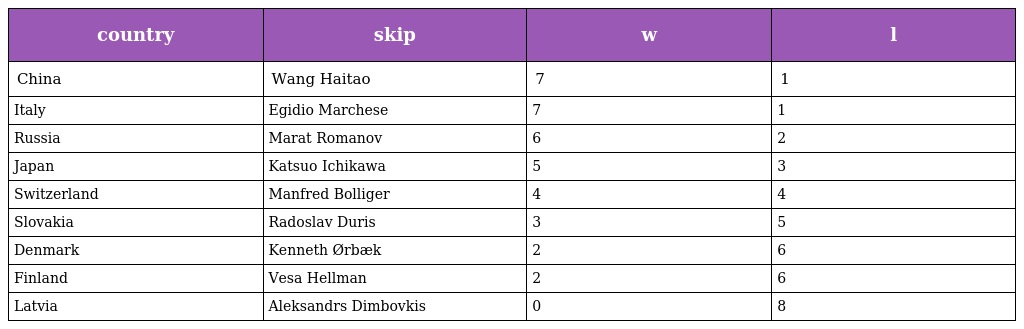
| country | skip | w | l |
 | --- | --- | --- | --- |
 | China | Wang Haitao | 7 | 1 |
 | Italy | Egidio Marchese | 7 | 1 |
 | Russia | Marat Romanov | 6 | 2 |
 | Japan | Katsuo Ichikawa | 5 | 3 |
 | Switzerland | Manfred Bolliger | 4 | 4 |
 | Slovakia | Radoslav Duris | 3 | 5 |
 | Denmark | Kenneth Ørbæk | 2 | 6 |
 | Finland | Vesa Hellman | 2 | 6 |
 | Latvia | Aleksandrs Dimbovkis | 0 | 8 |